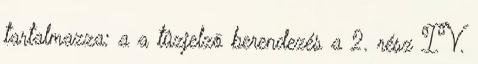
tartalmazza: a a tûzjelzõ berendezés a 2. rész IV.